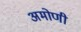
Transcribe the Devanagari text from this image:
अमोणी